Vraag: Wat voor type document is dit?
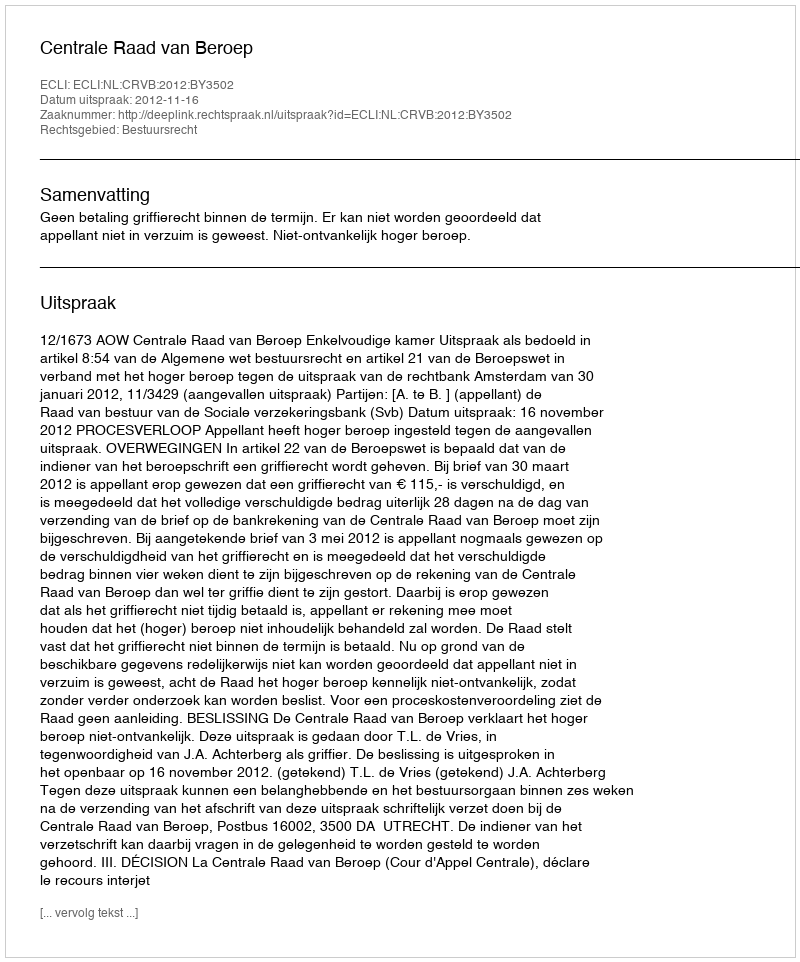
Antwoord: Uitspraak